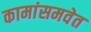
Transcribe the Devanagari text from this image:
कामांसमवेत